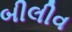
બીલીવ